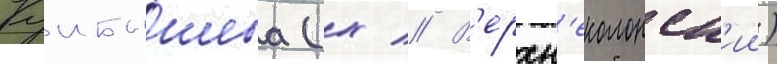
Куибышева (х // В'ерхн'еколонск'ии)